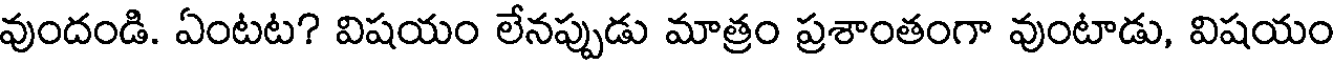
వుందండి. ఏంటట? విషయం లేనప్పుడు మాత్రం ప్రశాంతంగా వుంటాడు, విషయం